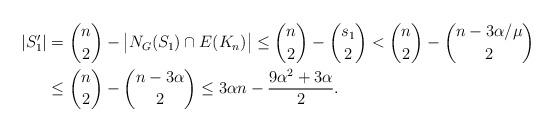
LaTeX: \begin{align*} \rvert S_{1}'\rvert &=\binom{n}{2} -\big| N_G{(S_1)} \cap E( K_n) \big| \leq \binom{n}{2}- \binom{s_1}{2} < \binom{n}{2} - \binom{n-3\alpha/\mu}{2} \\ &\leq \binom{n}{2}- \binom{n-3\alpha}{2} \leq 3\alpha n - \dfrac{9\alpha ^2+3\alpha}{2}. \end{align*}